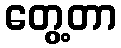
တွေ့တာ